Vaccination North-Western Provinces and Oudh 1878-1895 - 1878-1895
Year: 1878
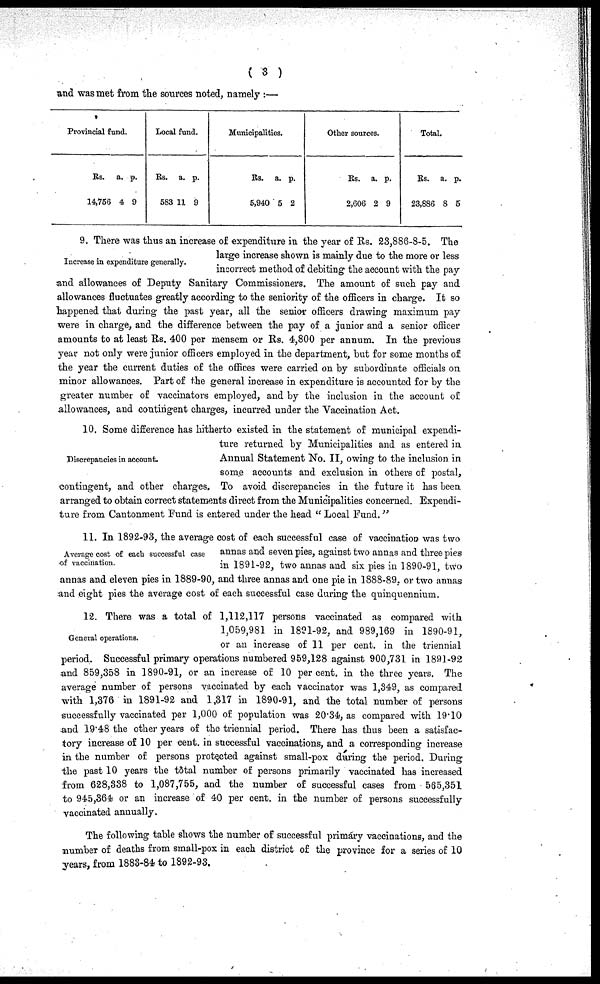
( 3 )
and was met from the sources noted, namely :—
Provincial fund.
Rs.
14,756
a.
4
p.
9
Local fund.
Rs.
583
a.
11
p.
9
Municipalities.
Rs.
5,940
a.
5
p.
2
Other sources.
Rs.
2,606
a.
2
p.
9
Total.
Rs.
23,886
a.
8
p.
5
Increase in expenditure generally.
9. There was thus an increase of expenditure in the year of Rs. 23,886-8-5. The
large increase shown is mainly due to the more or less
incorrect method of debiting the account with the pay
and allowances of Deputy Sanitary Commissioners. The amount of such pay and
allowances fluctuates greatly according to the seniority of the officers in charge. It so
happened that during the past year, all the senior officers drawing maximum pay
were in charge, and the difference between the pay of a junior and a senior officer
amounts to at least Rs. 400 per mensem or Rs. 4,800 per annum. In the previous
year not only were junior officers employed in the department, but for some months of
the year the current duties of the offices were carried on by subordinate officials on
minor allowances. Part of the general increase in expenditure is accounted for by the
greater number of vaccinators employed, and by the inclusion in the account of
allowances, and contingent charges, incurred under the Vaccination Act.
Discrepancies in account.
10. Some difference has hitherto existed in the statement of municipal expendi-
ture returned by Municipalities and as entered in
Annual Statement No. II, owing to the inclusion in
some accounts and exclusion in others of postal,
contingent, and other charges. To avoid discrepancies in the future it has been
arranged to obtain correct statements direct from the Municipalities concerned. Expendi-
ture from Cantonment Fund is entered under the head " Local Fund. "
Average cost of each successful case
of vaccination.
11. In 1892-93, the average cost of each successful case of vaccination was two
annas and seven pies, against two annas and three pies
in 1891-92, two annas and six pies in 1890-91, two
annas and eleven pies in 1889-90, and three annas and one pie in 1888-89. or two annas
and eight pies the average cost of each successful case during the quinquennium.
General operations.
12. There was a total of 1,112,117 persons vaccinated as compared with
1,059,981 in 1891-92, and 989,169 in 1890-91,
or an increase of 11 per cent. in the triennial
period. Successful primary operations numbered 959,128 against 900,731 in 1891-92
and 859,358 in 1890-91, or an increase of 10 per cent. in the three years. The
average number of persons vaccinated by each vaccinator was 1,349, as compared
with 1,376 in 1891-92 and 1,317 in 1890-91, and the total number of persons
successfully vaccinated per 1,000 of population was 20.34, as compared with 19.10
and 19.48 the other years of the triennial period. There has thus been a satisfac-
tory increase of 10 per cent. in successful vaccinations, and a corresponding increase
in the number of persons protected against small-pox during the period. During
the past 10 years the total number of persons primarily vaccinated has increased
from 628,338 to 1,087,755, and the number of successful cases from 565,351
to 945,364 or an increase of 40 per cent. in the number of persons successfully
vaccinated annually.
The following table shows the number of successful primary vaccinations, and the
number of deaths from small-pox in each district of the province for a series of 10
years, from 1883-84 to 1892-93.